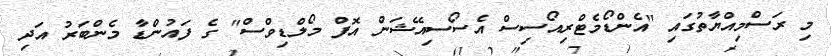
މި ރަސްމިއްޔާތުގައި "އެންޑޯމެޓްރިއޯސިސް އެސޯސިއޭޝަން އޮފް މޯލްޑިވްސް" ގެ ފައުންޑާ މެންބަރު އަދި